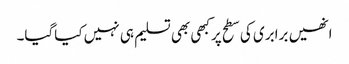
انھیں برابری کی سطح پرکبھی بھی تسلیم ہی نہیں کیاگیا۔